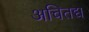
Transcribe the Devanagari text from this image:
अचितद्य